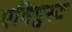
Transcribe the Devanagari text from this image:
एक्ट्विस्ट